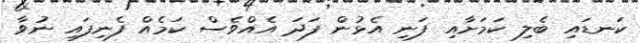
ކަނޑައި ބެލި ކަމަށާއި ފަނި އެޅުން ފަދަ އެއްވެސް ކަމެއް ފެނިފައި ނުވާ